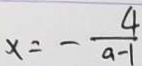
x = - \frac { 4 } { a - 1 }